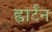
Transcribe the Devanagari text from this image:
ह्वार्टन